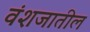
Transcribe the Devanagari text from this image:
वंशजातील